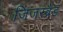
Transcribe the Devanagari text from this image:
जिंजरब्रैड